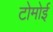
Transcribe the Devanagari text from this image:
टोमोई